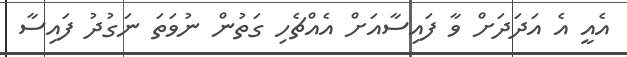
އެއީ އެ އަދަދަށް ވާ ފައިސާއަށް އެއްޗެހި ގަތުން ނުވަތަ ނަގުދު ފައިސާ